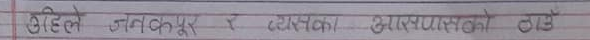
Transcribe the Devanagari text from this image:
अहिले जनकपुर र दमकका आरम्भताको ठाउँ